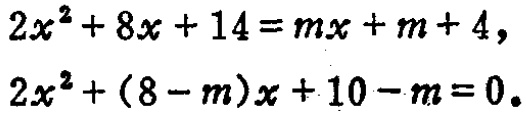
\[
\begin{align*}
2x^{2}+8x + 14&=mx + m + 4,\\
2x^{2}+(8 - m)x+10 - m&=0.
\end{align*}
\]